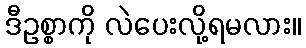
ဒီဥစ္စာကို လဲပေးလို့ရမလား။